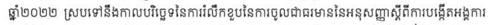
ឆ្នាំ២០២២ ស្របទៅនឹងកាលបរិច្ឆេទនៃការរំលឹកខួបនៃការចូលជាធរមាននៃអនុសញ្ញាស្តីពីការបង្កើតអង្គការ